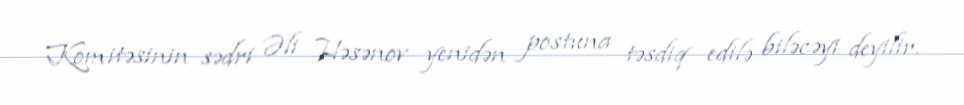
Komitəsinin sədri Əli Həsənov yenidən postuna təsdiq edilə biləcəyi deyilir.